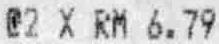
@2 X RM 6.79